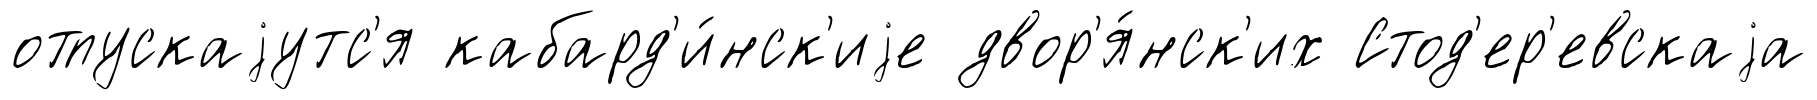
отпускаjутс'я кабард'и́нск'иjе двор'я́нск'их Стод'ер'евскаjа